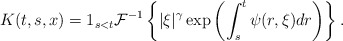
\begin{align*} K(t,s,x)=1_{s<t}\mathcal{F}^{-1} \left\{ |\xi|^{\gamma} \exp\left(\int_{s}^{t} \psi(r,\xi) dr\right) \right\}.\end{align*}